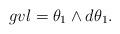
LaTeX: \begin{align*}gvl=\theta_1\wedge d\theta_1.\end{align*}